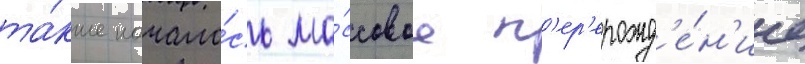
та́кже начало́сь ма́ссовое п'ер'ерожд'е́н'ие